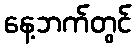
နေ့ဘက်တွင်